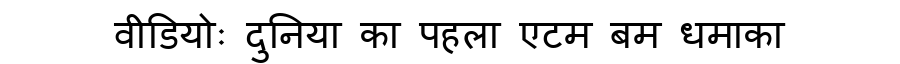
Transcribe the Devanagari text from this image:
वीडियोः दुनिया का पहला एटम बम धमाका